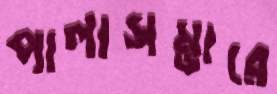
পালাসম্ভারে